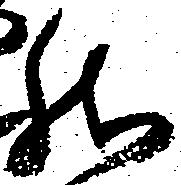
然